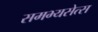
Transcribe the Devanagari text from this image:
समभ्यसेत्स